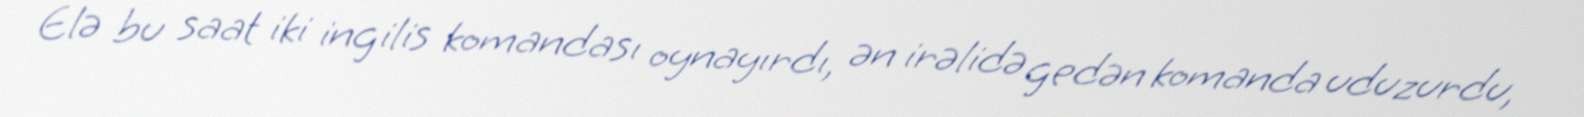
Elə bu saat iki ingilis komandası oynayırdı, ən irəlidə gedən komanda uduzurdu,